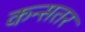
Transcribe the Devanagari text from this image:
कन्सतर